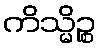
ကိသ္မိဉ္စ